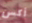
أكس